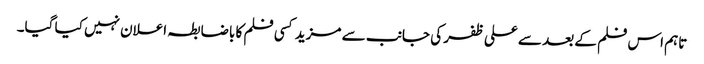
تاہم اس فلم کے بعد سے علی ظفر کی جانب سے مزید کسی فلم کا باضابطہ اعلان نہیں کیا گیا۔